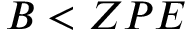
B < Z P E